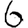
Digit: 6